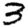
Digit: 3